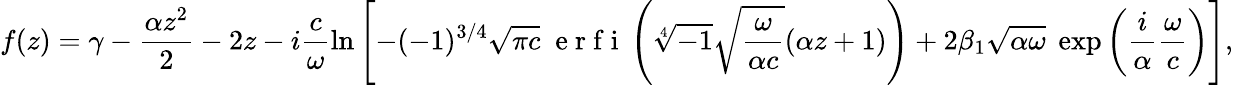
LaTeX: f(z)=\gamma-\frac{\alpha z^{2}}{2}-2z-i\frac{c}{\omega}\ln\left[-(-1)^{3/4}\sqrt{\pi c}\; \mathrm{~e~r~f~i~}\left(\sqrt[4]{-1}\sqrt{\frac{\omega}{\alpha c}}(\alpha z+1)\right)+2\beta_{1}\sqrt{\alpha\omega}\; \exp\left(\frac{i}{\alpha}\frac{\omega}{c}\right)\right],